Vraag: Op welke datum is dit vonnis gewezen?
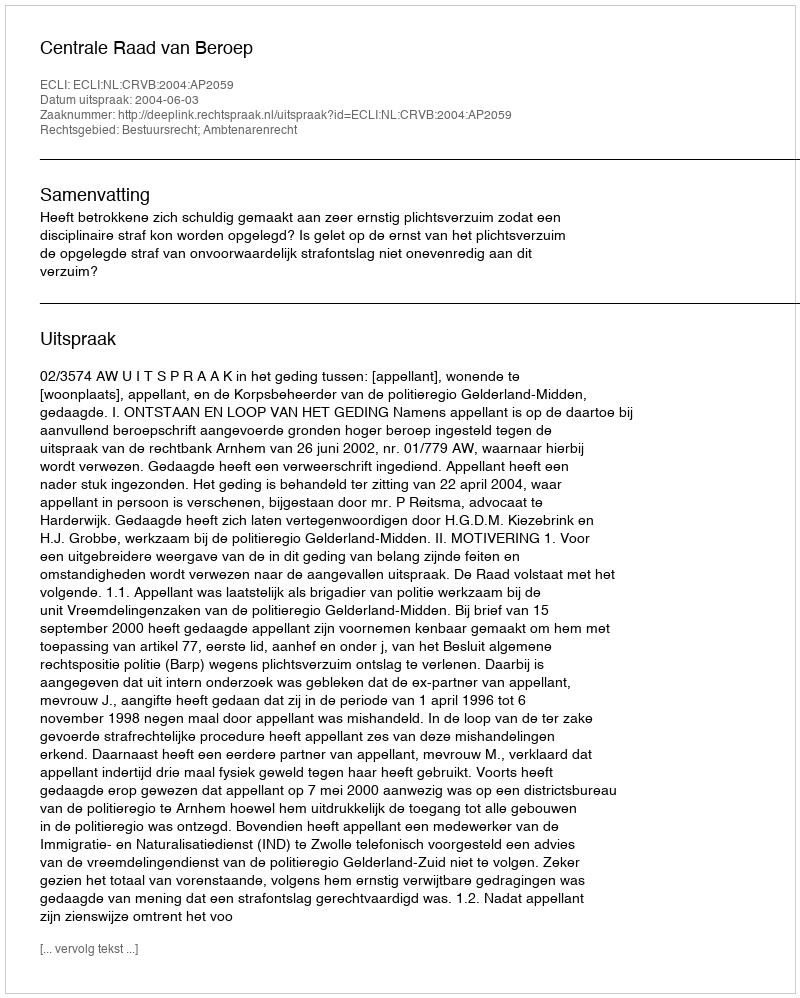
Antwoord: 2004-06-03